Annual vaccination report of Bihar and Orissa - 1911-1928
Year: 1911
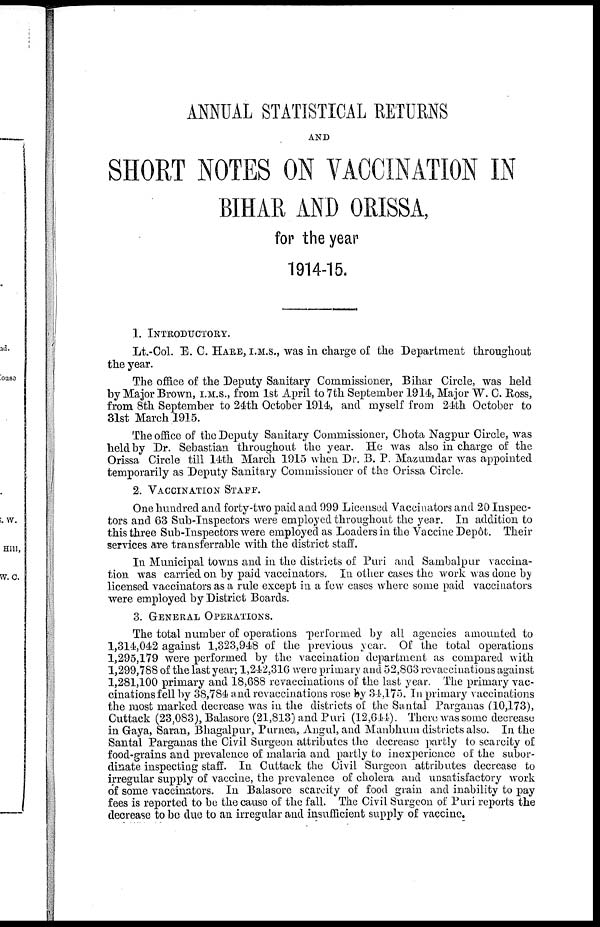
ANNUAL STATISTICAL RETURNS
AND
SHORT NOTES ON VACCINATION IN
BIHAR AND ORISSA,
for the year
1914-15.
1. INTRODUCTORY.
Lt.-Col. E. C. HARE, I.M.S., was in charge of the Department throughout
the year.
The office of the Deputy Sanitary Commissioner, Bihar Circle, was held
by Major Brown, I.M.S., from 1st April to 7th September 1914, Major W. C. Ross,
from 8th September to 24th October 1914, and myself from 24th October to
31st March 1915.
The office of the Deputy Sanitary Commissioner, Chota Nagpur Circle, was
held by Dr. Sebastian throughout the year. He was also in charge of the
Orissa Circle till 14th March 1915 when Dr. B. P. Mazumdar was appointed
temporarily as Deputy Sanitary Commissioner of the Orissa Circle.
2. VACCINATION STAFF.
One hundred and forty-two paid and 999 Licensed Vaccinators and 20 Inspec-
tors and 63 Sub-Inspectors were employed throughout the year. In addition to
this three Sub-Inspectors were employed as Loaders in the Vaccine Depôt. Their
services are transferrable with the district staff.
In Municipal towns and in the districts of Puri and Sambalpur vaccina-
tion was carried on by paid vaccinators. In other cases the work was done by
licensed vaccinators as a rule except in a few cases where some paid vaccinators
were employed by District Boards.
3. GENERAL OPERATIONS.
The total number of operations performed by all agencies amounted to
1,314,042 against 1,323,948 of the previous year. Of the total operations
1,295,179 were performed by the vaccination department as compared with
1,299,788 of the last year; 1,242,316 were primary and 52,863 revaccinations against
1,281,100 primary and 18,688 revaccinations of the last year. The primary vac-
cinations fell by 38,784 and revaccinations rose by 34,175. In primary vaccinations
the most marked decrease was in the districts of the Santal Parganas (10,173),
Cuttack (23,083), Balasore (21,813) and Puri (12,644). There was some decrease
in Gaya, Saran, Bhagalpur, Purnea, Angul, and Manbhum districts also. In the
Santal Parganas the Civil Surgeon attributes the decrease partly to scarcity of
food-grains and prevalence of malaria and partly to inexperience of the subor-
dinate inspecting staff. In Cuttack the Civil Surgeon attributes decrease to
irregular supply of vaccine, the prevalence of cholera and unsatisfactory work
of some vaccinators. In Balasore scarcity of food grain and inability to pay
fees is reported to be the cause of the fall. The Civil Surgeon of Puri reports the
decrease to be due to an irregular and insufficient supply of vaccine.